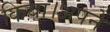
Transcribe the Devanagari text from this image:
किया।अपने